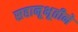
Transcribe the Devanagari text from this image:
सहानूभूतीने